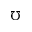
\mho